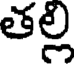
తల్లి